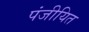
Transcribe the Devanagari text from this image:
पंजीयित